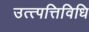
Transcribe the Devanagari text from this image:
उत्त्पत्तिविधि